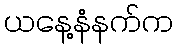
ယနေ့နံနက်က